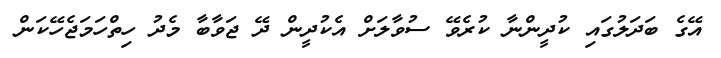
އޭގެ ބަދަލުގައި ކުދީންނާ ކުރެވޭ ސުވާލަށް އެކުދީން ދޭ ޖަވާބާ މެދު ހިތްހަމަޖެހޭކަން